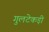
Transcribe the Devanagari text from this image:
गुलटेकड़ी